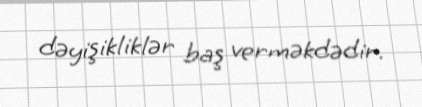
dəyişikliklər baş verməkdədir.